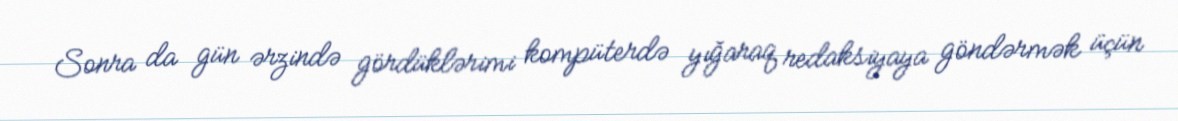
Sonra da gün ərzində gördüklərimi kompüterdə yığaraq redaksiyaya göndərmək üçün